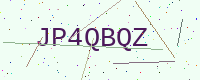
Text: JP4QBQZ